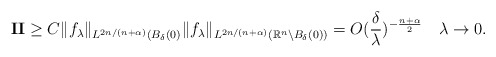
\begin{align*} &\textbf{II}\geq C \|f_\lambda\|_{L^{2n/(n+\alpha)}(B_\delta(0)}\|f_\lambda\|_{L^{2n/(n+\alpha)}(\mathbb{R}^n\backslash B_\delta(0))}=O(\frac\delta\lambda)^{-\frac{n+\alpha}2}\quad\lambda\rightarrow 0.\end{align*}